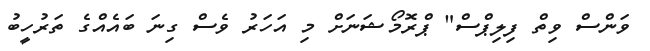
ވަންސް ވިތް ފިލިޕްސް" ޕްރޮމޯޝަނަށް މި އަހަރު ވެސް ގިނަ ބައެއްގެ ތަރުހީބު